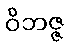
ဝိဘဇ္ဇ